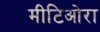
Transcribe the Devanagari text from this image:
मीटिओरा